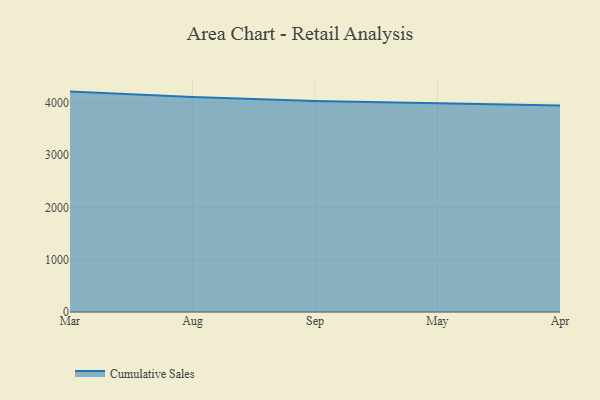
{"axis": {"x": "Month", "y": "Demand Index"}, "legend": ["Cumulative Sales"], "data": [{"x": "Mar", "y": 4214.6, "type": "Cumulative Sales"}, {"x": "Aug", "y": 4110.9, "type": "Cumulative Sales"}, {"x": "Sep", "y": 4036.8, "type": "Cumulative Sales"}, {"x": "May", "y": 4000.1, "type": "Cumulative Sales"}, {"x": "Apr", "y": 3950.2, "type": "Cumulative Sales"}]}